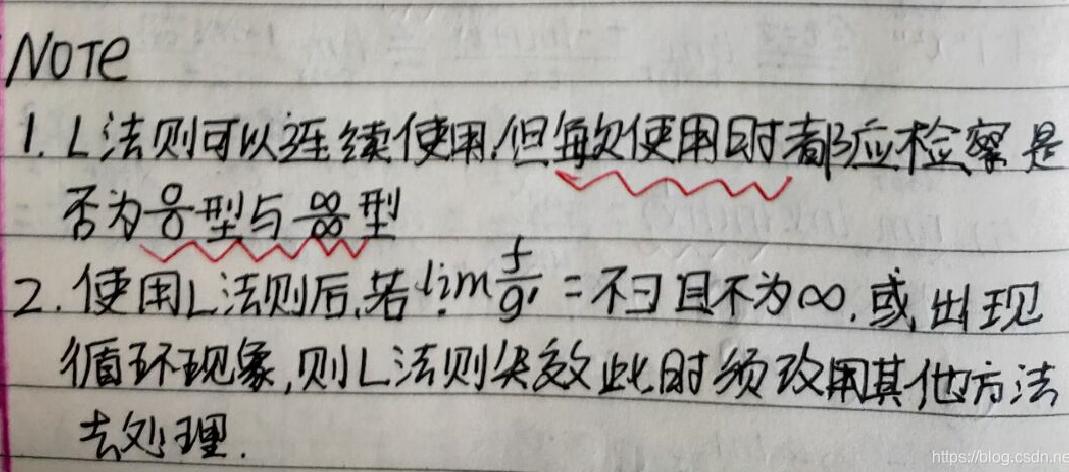
Note

1. L法则可以连续使用，但每次使用时都应检查是否为\(\frac{0}{0}\)型与\(\frac{\infty}{\infty}\)型

2. 使用L法则后，若\(\lim \frac{f}{g} = 0\)且不为\(\infty\)，或出现循环现象，则L法则失效，此时须改用其他方法去处理。